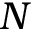
N